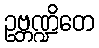
ဥဗ္ဘဏ္ဍိတေ